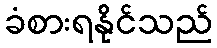
ခံစားရနိုင်သည်